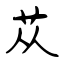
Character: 苁